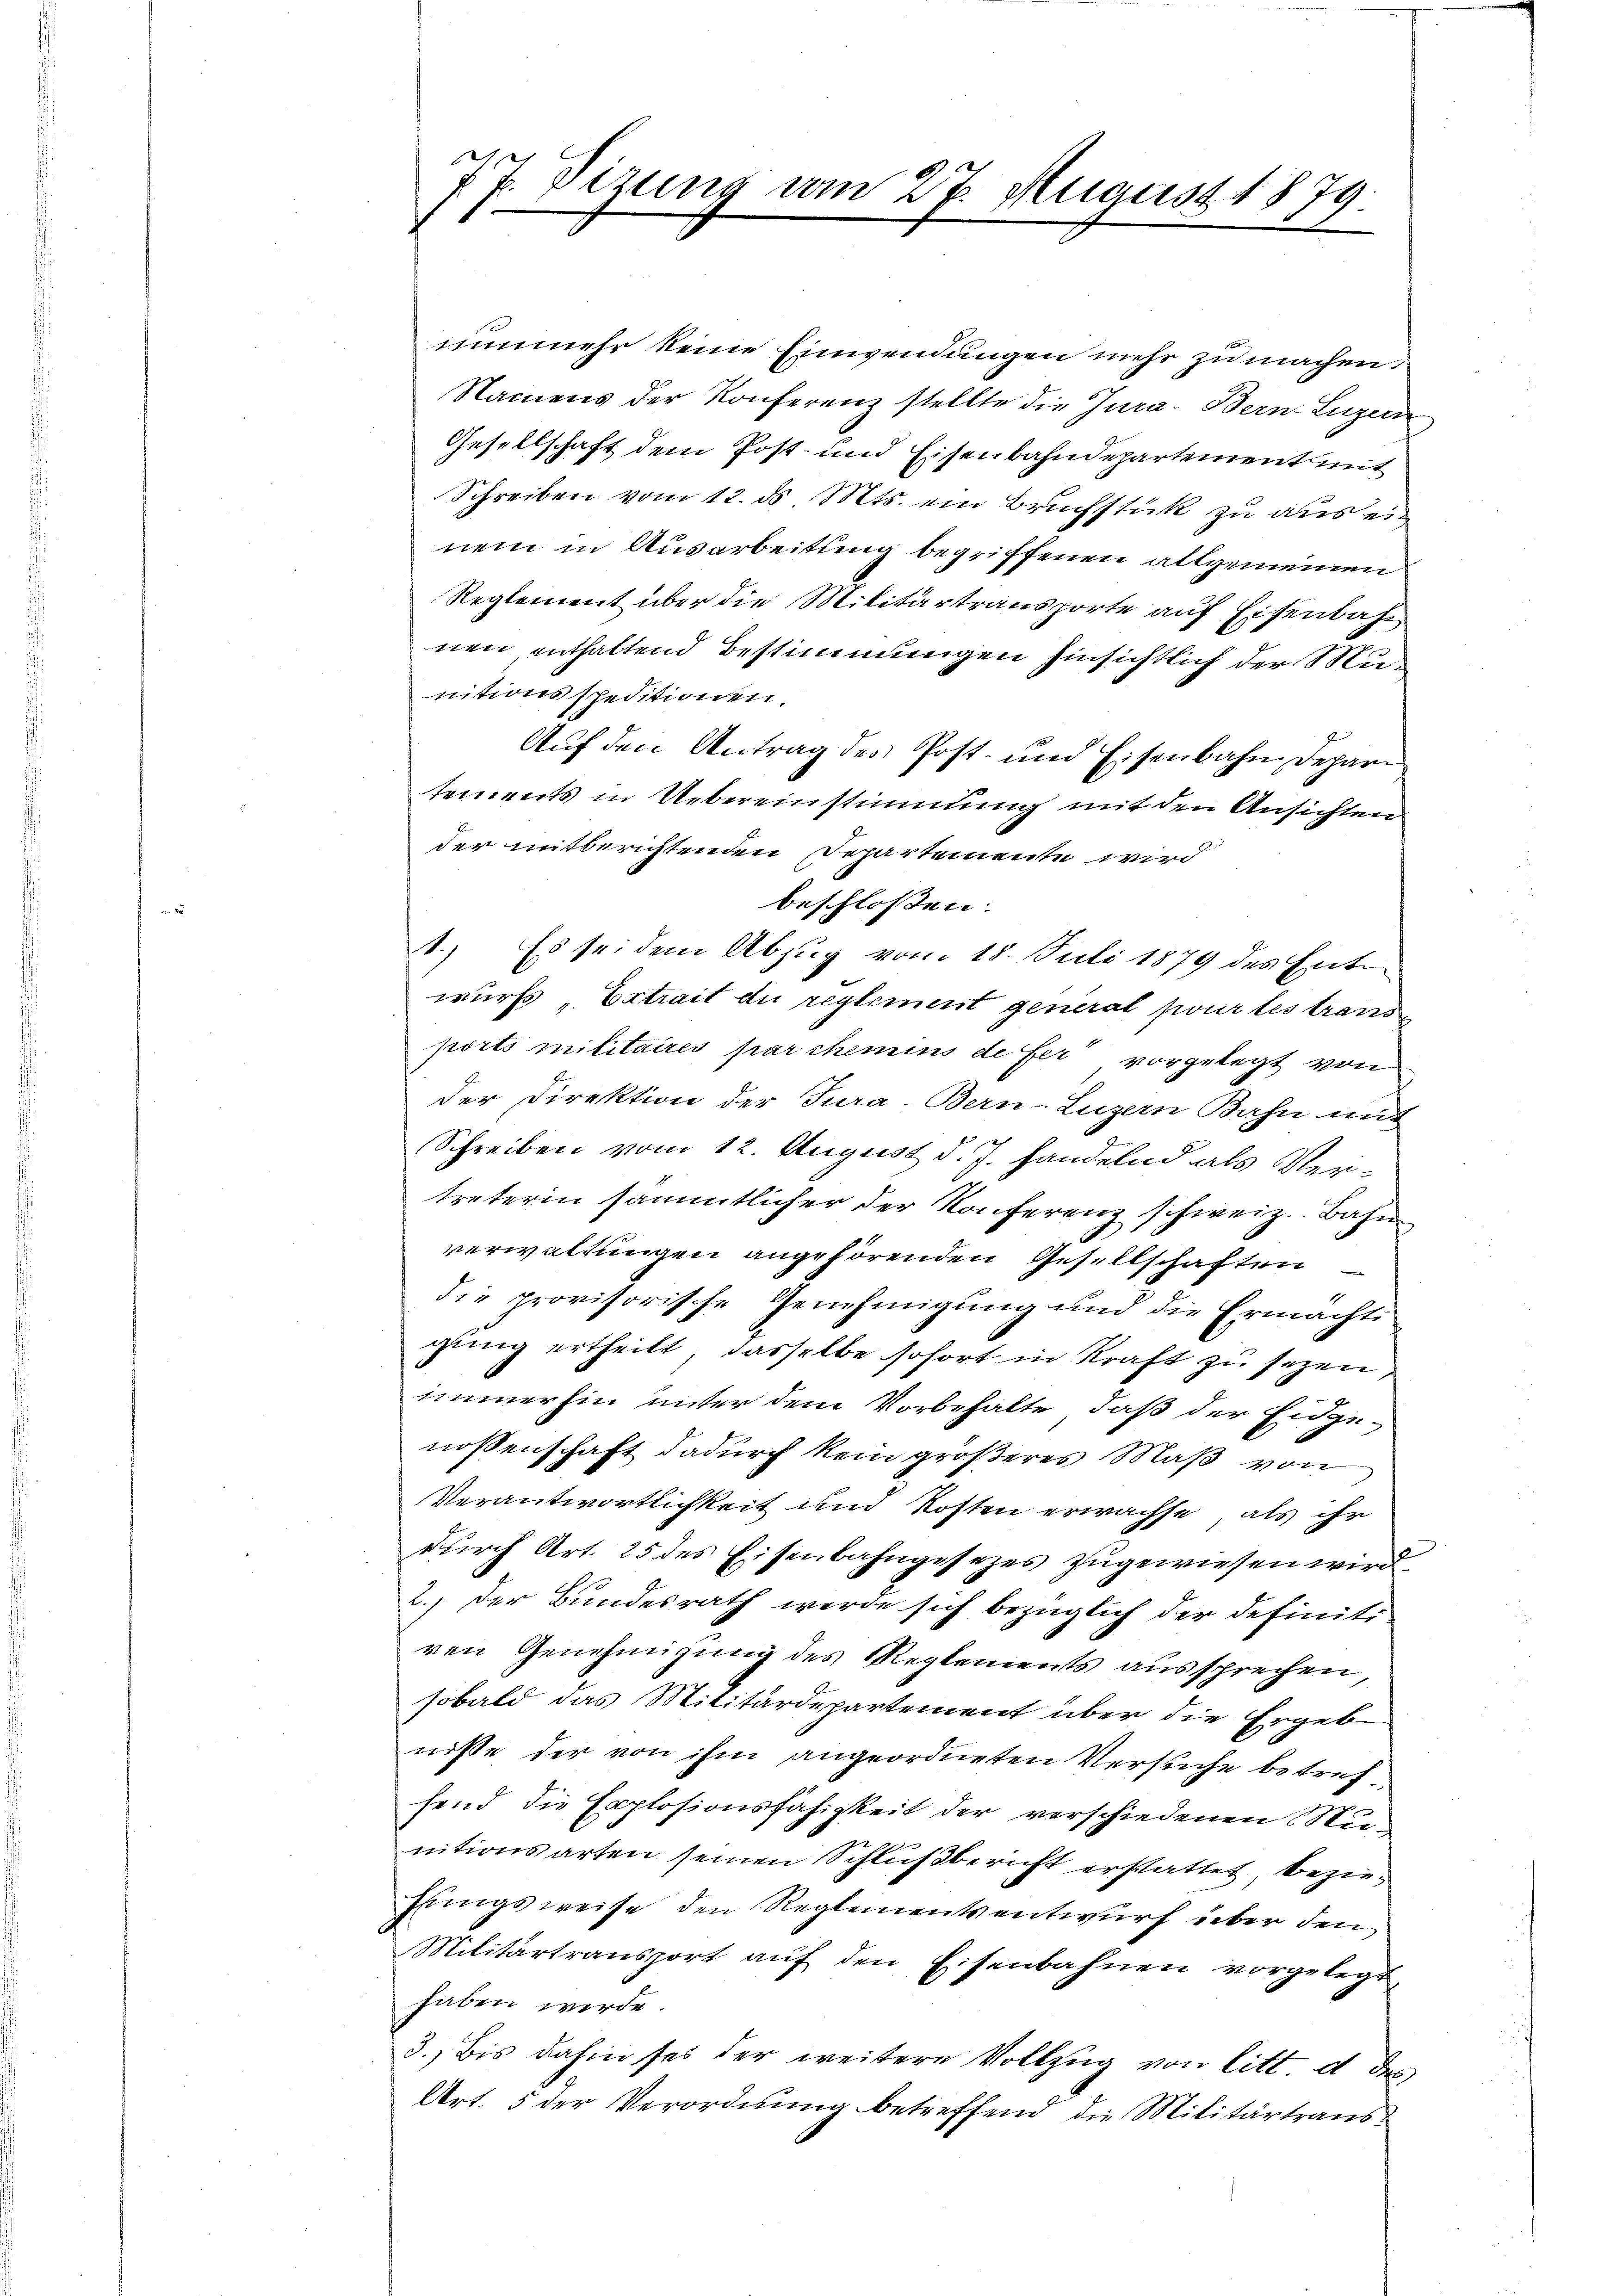
T. Dizung vom 27. August 1879.
.

nunmehr keine Einwendungen mehr zu machen,
Namens der Konferenz stellte die Jura. Bern Luzer
Gesellschaft dem Post- und Eisenbahndepartement mit
Schreiben vom 12. ds. Mts. ein Bruchstück zu aus einem in Ausarbeitung begriffenen allgemeinen
Reglement über die Militärtransporte auf Eisenbahn
nen enthaltend Bestimmungen hinsichtlich der Munitionsspeditionen.
Auf den Antrag des Post- und Eisenbahn Depari
tements in Uebereinstimmung mit den Ansichten
der mitberichtenden Departemente wird
beschloßen:
8.) Es sei dem Abzŭg vom 18. Juli 1879 des Entwurfs „Extrait du reglement general pour les transe
ports militaires par chemins de fer vorgelegt von
der Direktion der Jura-Bern-Luzern Bahn mit
Schreiben vom 12. August d. J. handelnd als Vertreterin sämmtlicher der Konferenz schweiz. Bahn
verwaltungen angehörenden Gesellschaften
die provisorische Genehmigung und die Ermächti
gung ertheilt, dasselbe sofort in Kraft zu sezen
immerhin unter dem Vorbehalte, daß der Eidgenossenschaft dadurch kein größeres Maß von
Verantwortlichkeit und Kosten erwachse, als ihr
durch Art. 25 des Eisenbahngesezes zugewiesen wird
2.) Der Bundesrath werde sich bezüglich der definiti
ren Genehmigung des Reglements aussprechen,
sobald das Militärdepartement über die Ergeb-
niße der von ihm angeordneten Versuche betreffend die Explosionsfähigkeit der verschiedenen Munitionsarten seinen Schlußbericht erstattet, beziefingsweise den Reglemententwurf über den
Militärtransport aŭf den Eisenbahnen vorgelegt,
haben werde.
3. Bis dahin sei der weitere Vollzug von litt. e des
Art. 5 der Verordnung betreffend die Militärtraus¬